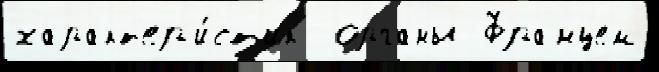
характ'ер'и́ст'ик  органы Францем